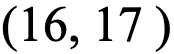
(16, 17 )